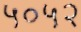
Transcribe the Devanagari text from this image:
५०५२